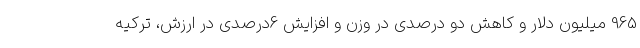
965 میلیون دلار و کاهش دو درصدی در وزن و افزایش 6درصدی در ارزش، ترکیه